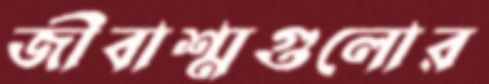
জীবাশ্মগুলোর